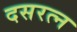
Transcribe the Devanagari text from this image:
दसरत्न